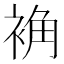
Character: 𫋽